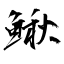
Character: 鰍